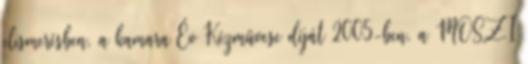
elismerésben, a kamara Év Kézmûvese díját 2005-ben, a MOSZI